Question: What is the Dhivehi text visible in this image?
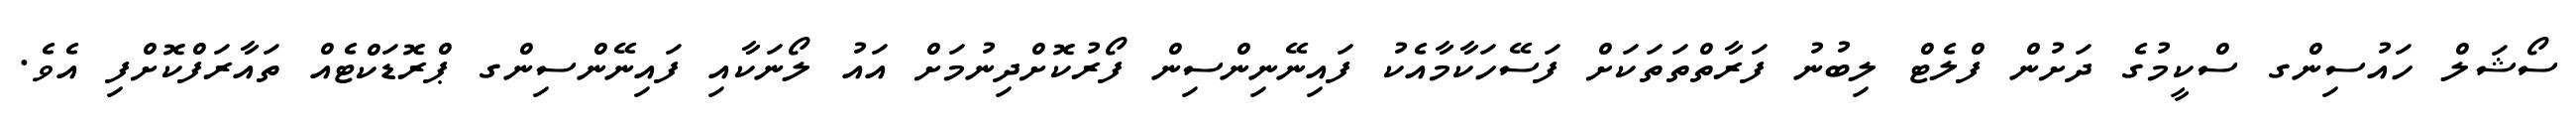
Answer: ސޯޝަލް ހައުސިންގ ސްކީމުގެ ދަށުން ފްލެޓް ލިބުނު ފަރާތްތަތަކަށް ފަސޭހަކާމާއެކު ފައިނޭނިންސިން ފޯރުކޮށްދިނުމަށް އައު ލޯނަކާއި ފައިނޭންސިންގ ޕްރޮޑަކްޓެއް ތައާރަފްކޮށްފި އެވެ.